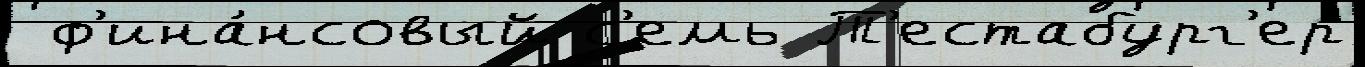
 ф'ина́нсовый с'емь Т'естабург'ер